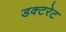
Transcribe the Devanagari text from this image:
डक्टरेट